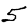
Digit: 5